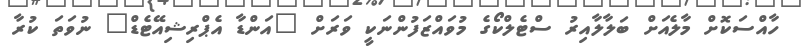
ހާއްސަކޮށް މާލެއަށް ބަލާލާއިރު ސްޓެލްކޯގެ މުވައްޒަފުންނަކީ ވަރަށް "އަންޑާ އެޕްރިޝިއޭޓެޑް" ނުވަތަ ކުރާ